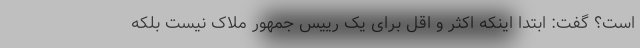
است؟ گفت: ابتدا اینکه اکثر و اقل برای یک رییس جمهور ملاک نیست بلکه